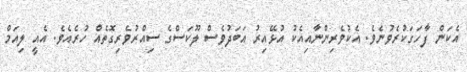
އެކަން ފާހަގަކުރެވުނެވެ. އެކުވެރިންނާއިއެކު އުޅޭއިރު އަބަދުވެސް ލޫކަސްގެ ސިއްރުވެރިގޮތެއް ހުރެއެވެ. އެއީ ލިއަމް